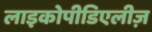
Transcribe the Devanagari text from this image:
लाइकोपीडिएलीज़